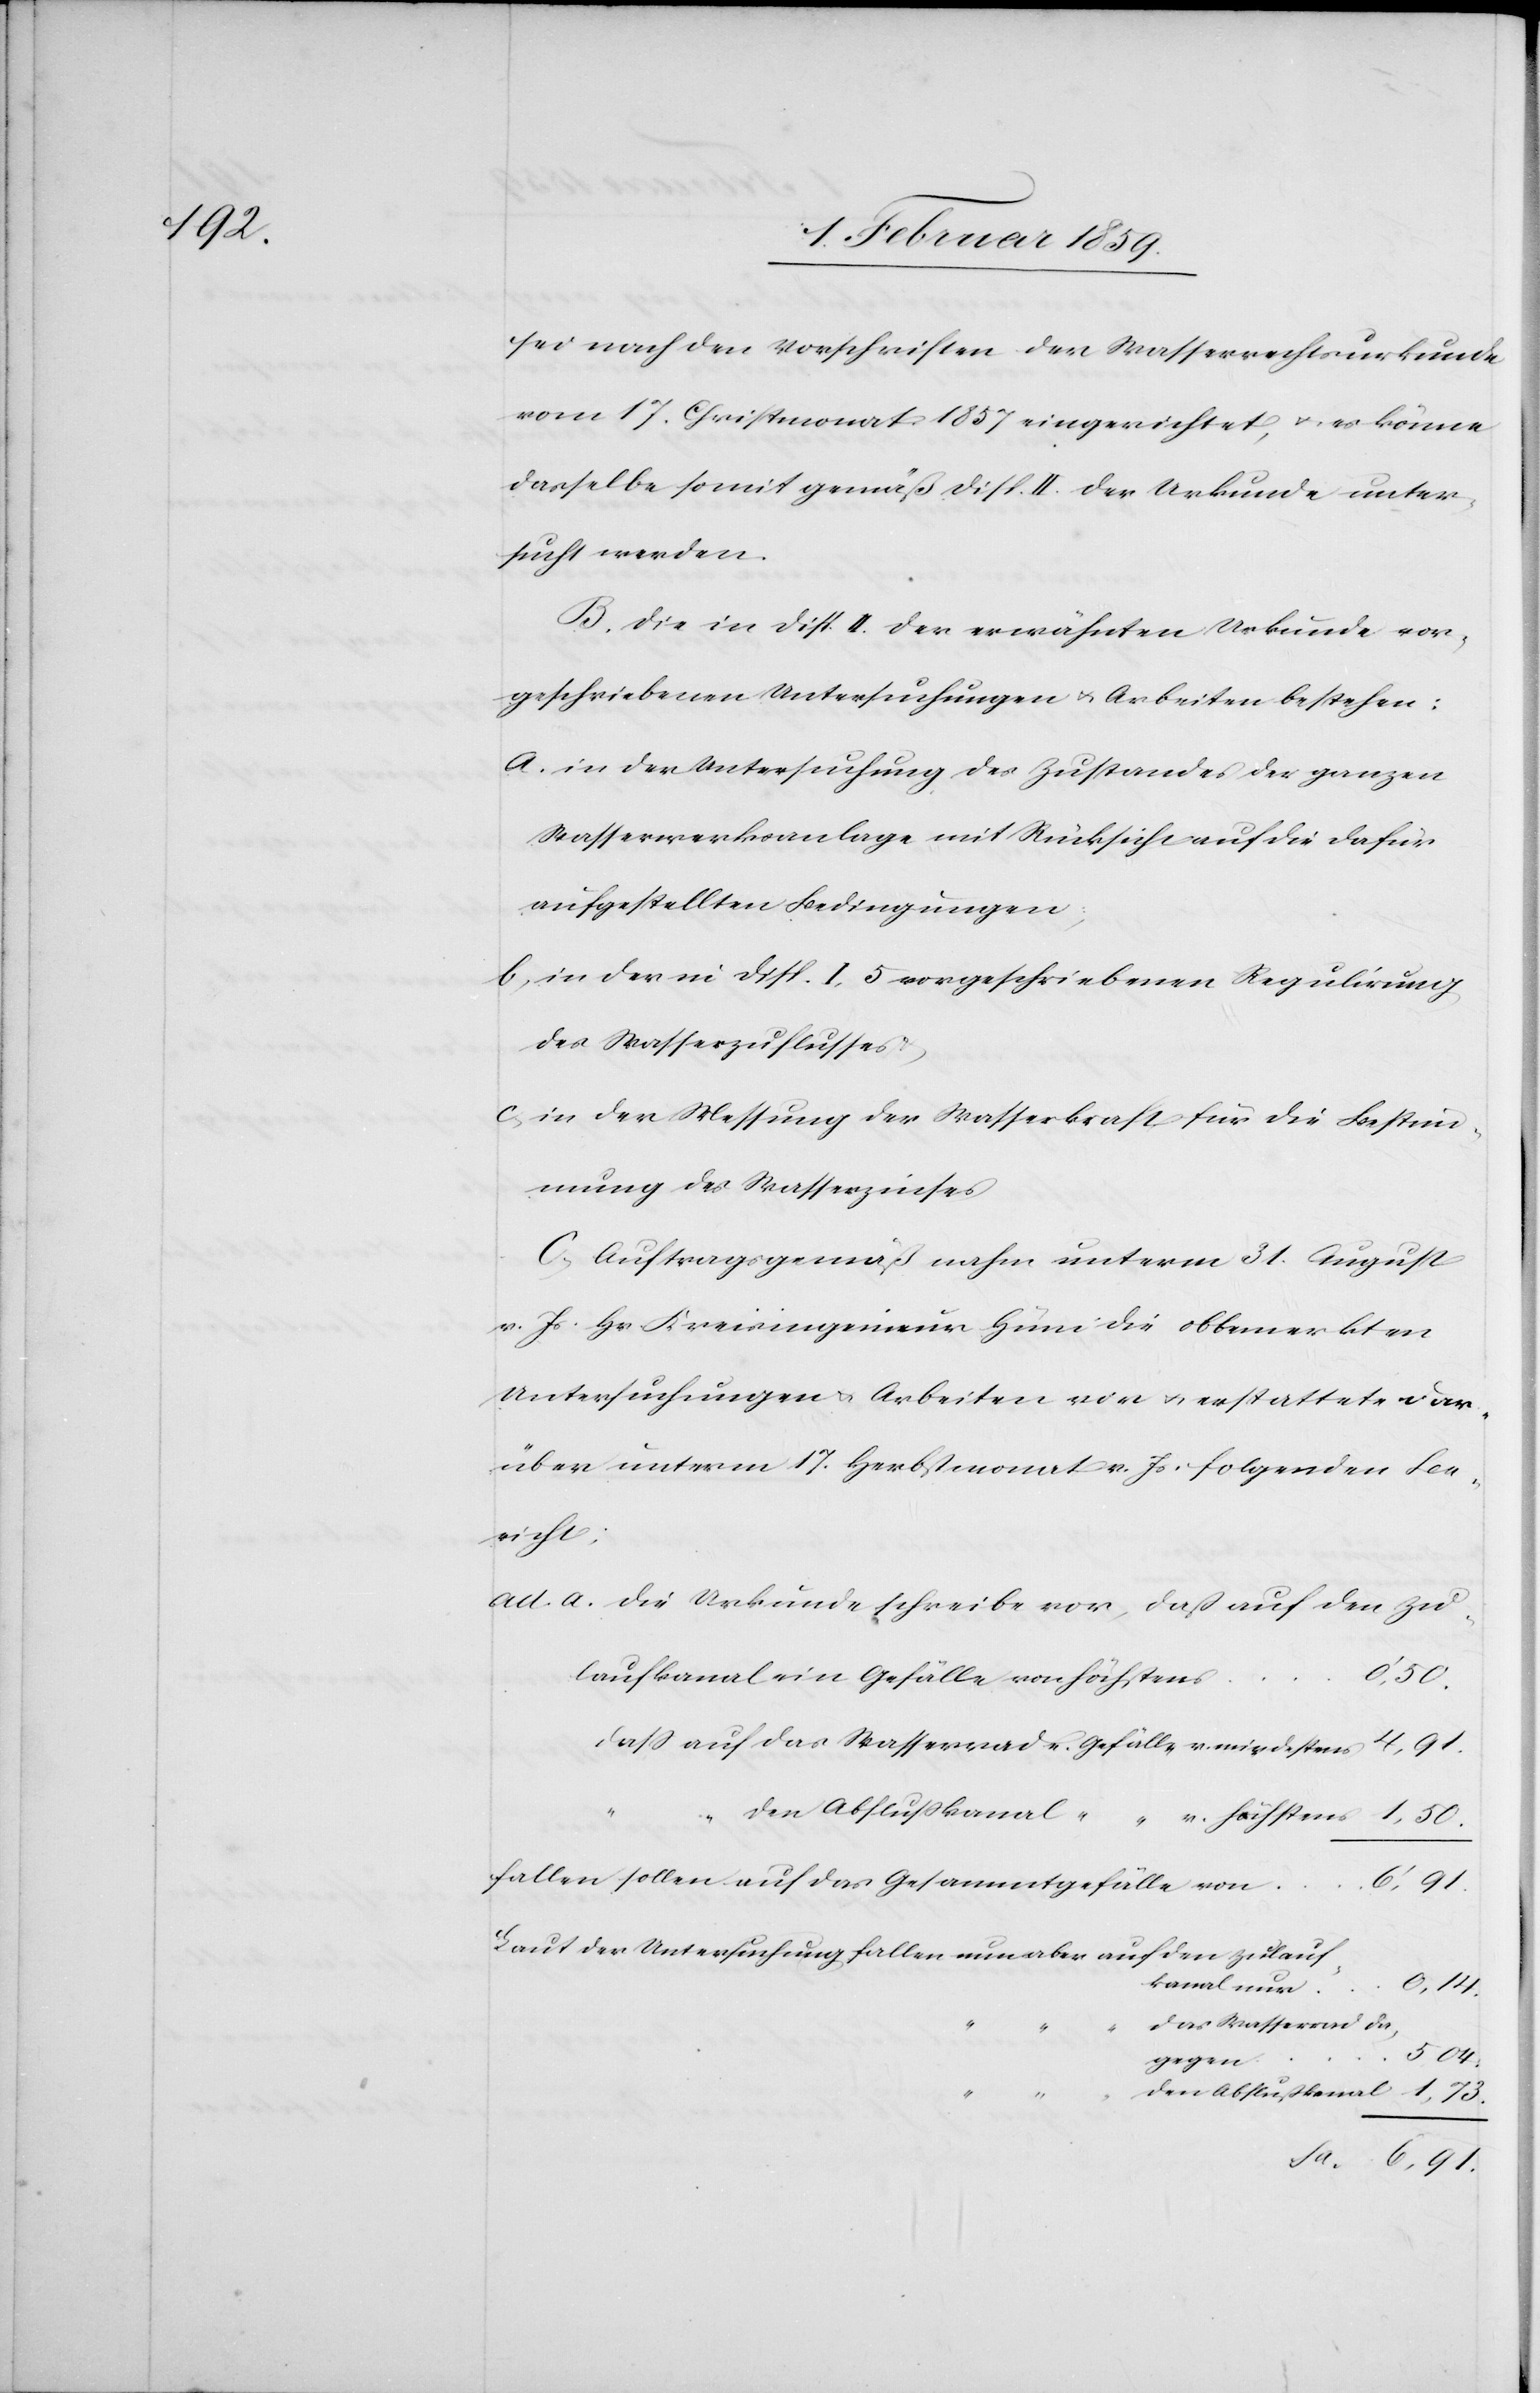
sei nach den Vorschriften der Wasserrechtsurkunde
vom 17. Christmonat 1857 eingerichtet, u. es könne
dasselbe somit gemäß disp. II. der Urkunde unter¬
sucht werden.
B. Die in disp. II. der erwähnten Urkunde vor¬
geschriebenen Untersuchungen u. Arbeiten bestehen:
a. in der Untersuchung des Zustandes der ganzen
Wasserwerksanlage mit Rücksicht auf die dafür
aufgestellten Bedingungen;
b, in der in disp. I. 5 vorgeschriebenen Regulirung
des Wasserzuflusses
c, in der Messung der Wasserkraft für die Bestim¬
mung des Wasserzinses
C, Auftragsgemäß nahm unterm 31. August
v. Js. Hr. Kreisingenieur Hüni die obbemerkten
Untersuchungen u. Arbeiten vor u. erstattete dar¬
über unterm 17. Herbstmonat v. Js. folgenden Ber¬
icht;
1,73
Sa.
das Wasserrad da¬
5,04
den Abflußkanal
gegen